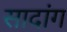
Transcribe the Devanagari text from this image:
सादांग